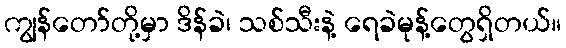
ကျွန်တော်တို့မှာ ဒိန်ခဲ၊ သစ်သီးနဲ့ ရေခဲမုန့်တွေရှိတယ်။